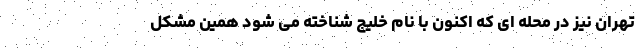
تهران نیز در محله ای که اکنون با نام خلیج شناخته می شود همین مشکل